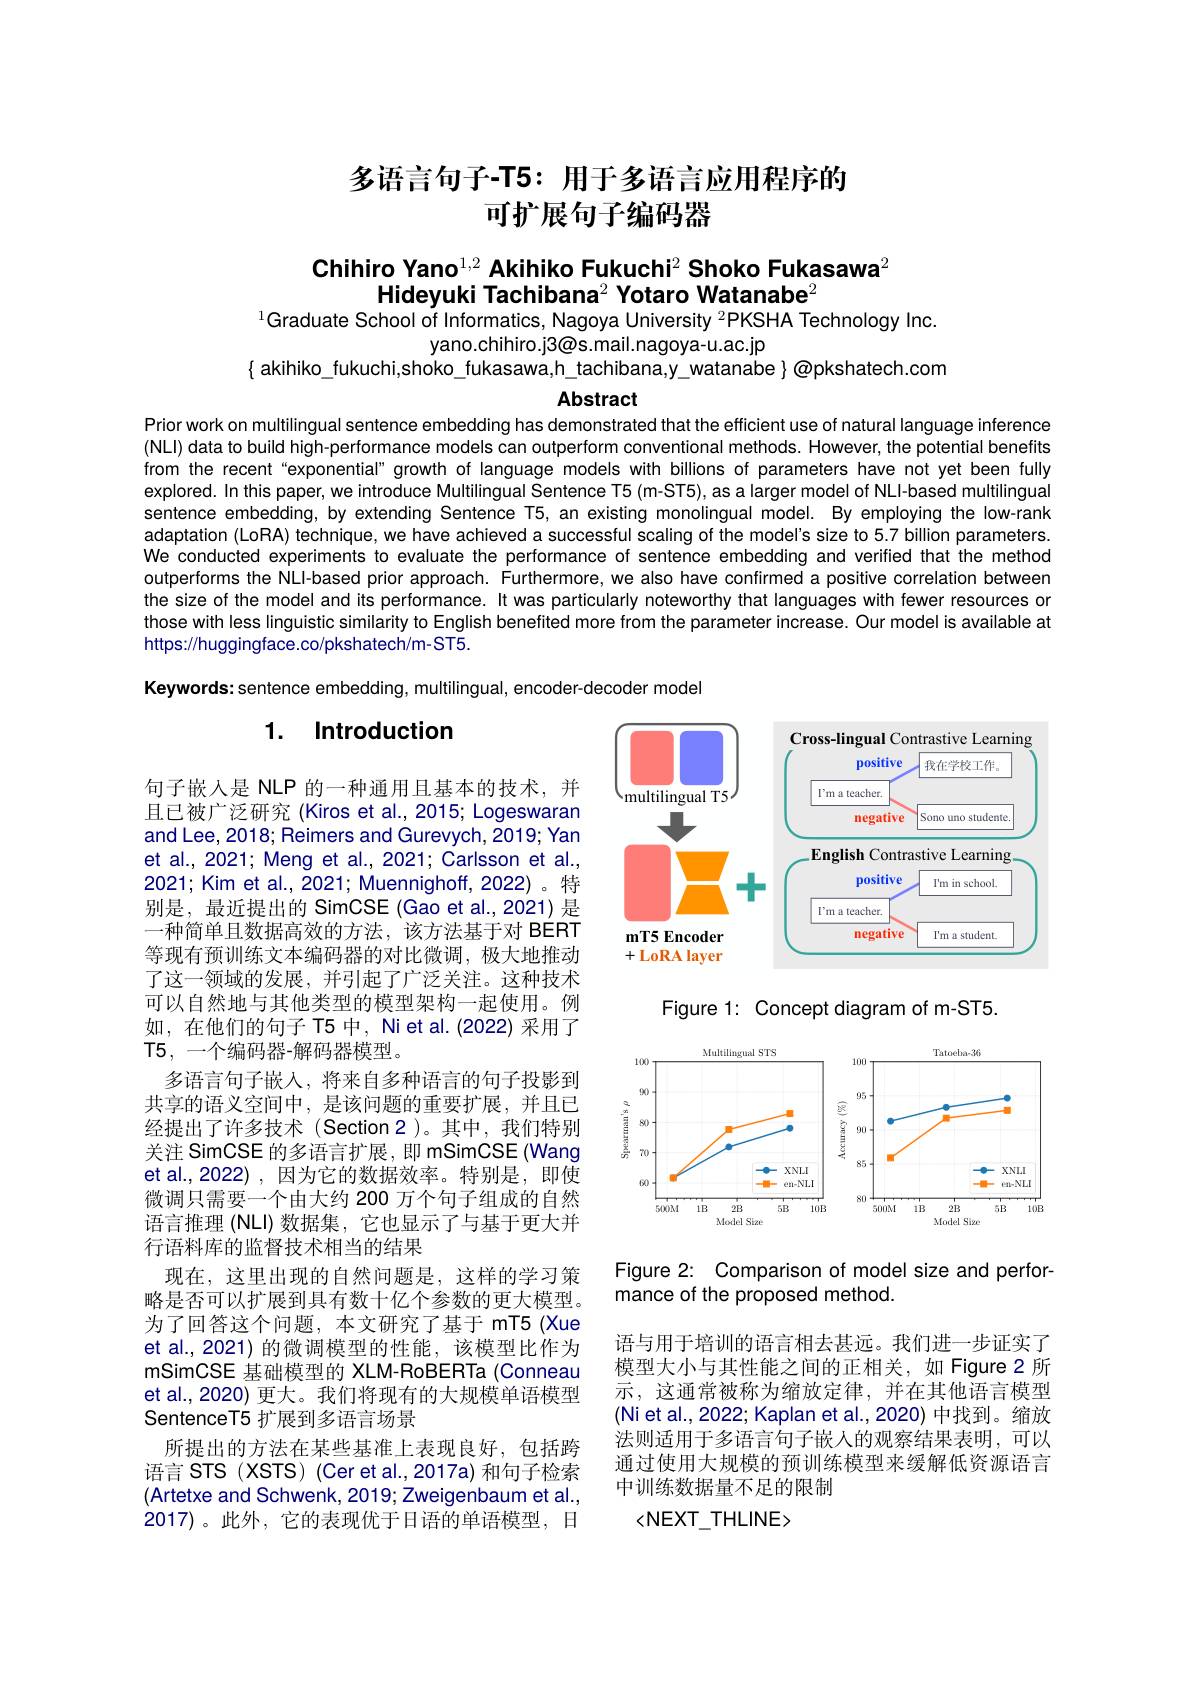
# 多语言句子-T5: 用于多语言应用程序的可扩展句子编码器

# Chihiro Yano$^{1,2}$ Akihiko Fukuchi$^2\textbf{Shoko Fukasawa}^2$ Hideyuki Tachibana$^2\textbf{Yotaro Watanabe}^{2}$ $^{1}$Graduate School of Informatics, Nagoya University $^{2}$PKSHA Technology Inc.

yano.chihiro.j3@s.mail.nagoya-u.ac.jp
$\{$ akihiko\_fukuchi,shoko\_fukasawa,h\_tachibana,y\_watanabe $\}\textcircled{\text{opkshatech.com}}$

Abstract

Prior work on multilingua! sentence embedding has demonstrated that the efficient use of natural language inference (NLI) data to build high-performance models can outperform conventional methods. However, the potential benefits from the recent“exponential" growth of language models with billions of parameters have not yet been fully explored. In this paper, we introduce Multilingual Sentence T5 (m-ST5), as a larger model of NLI-based multilingual sentence embedding, by extending Sentence T5, an existing monolingual model. By employing the low-rank adaptation (LoRA) technique, we have achieved a successful scaling of the model's size to 5.7 billion parameters. We conducted experiments to evaluate the performance of sentence embedding and veriffed that the method outperforms the NLI-based prior approach. Furthermore, we also have confirmed a positive correlation between the size of the model and its performance. It was particularly noteworthy that languages with fewer resources or those with less linguistic similarity to English benefited more from the parameter increase. Our model is available at https://huggingface.co/pkshatech/m-ST5.

Keywords: sentence embedding, multilingual, encoder-decoder model

## 1. Introduction

<FigureHere>

Figure 1: Concept diagram of m-ST5.

<FigureHere>

句子嵌入是 NLP 的一种通用且基本的技术，并且已被广泛研究(Kiros et al., 2015; Logeswaran and Lee, 2018; Reimers and Gurevych, 2019; Yan et al., 2021; Meng et al., 2021; Carlsson et al., 2021; Kim et al., 2021; Muennighoff, 2022)。特别是，最近提出的 SimCSE(Gao et al.,2021) 是一种简单且数据高效的方法，该方法基于对 BERT 等现有预训练文本编码器的对比微调，极大地推动了这一领域的发展，并引起了广泛关注。这种技术可以自然地与其他类型的模型架构一起使用。例如，在他们的句子 T5 中，Ni et al. (2022) 采用了T5, 一个编码器-解码器模型。
多语言句子嵌人，将来自多种语言的句子投影到共享的语义空间中，是该问题的重要扩展，并且已经提出了许多技术(Section2)。其中，我们特别关注 SimCSE 的多语言扩展，即 mSimCSE (Wang) et al.,2022),因为它的数据效率。特别是，即使微调只需要一个由大约 200 万个句子组成的自然语言推理 (NLI) 数据集，它也显示了与基于更大并行语料库的监督技术相当的结果
现在，这里出现的自然问题是，这样的学习策略是否可以扩展到具有数十亿个参数的更大模型。为了回答这个问题，本文研究了基于 mT5 (Xue et al.,2021) 的微调模型的性能，该模型比作为mSimCSE 基础模型的 XLM-RoBERTa (Conneau et al., 2020) 更大。我们将现有的大规模单语模型SentenceT5 扩展到多语言场景
所提出的方法在某些基准上表现良好，包括跨语言 STS (XSTS) (Cer et al.,2017a) 和句子检索(Artetxe and Schwenk, 2019; Zweigenbaum et al., 2017)。此外，它的表现优于日语的单语模型，日

Figure 2: Comparison of model size and perfor
mance of the proposed method.

语与用于培训的语言相去甚远。我们进一步证实了模型大小与其性能之间的正相关，如 Figure 2 所示，这通常被称为缩放定律，并在其他语言模型(Ni et al., 2022; Kaplan et al., 2020) 中找到。缩放法则适用于多语言句子嵌人的观察结果表明，可以通过使用大规模的预训练模型来缓解低资源语言中训练数据量不足的限制
$<NEXT_{THLINE>}$